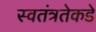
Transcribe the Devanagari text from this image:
स्वतंत्रतेकडे